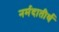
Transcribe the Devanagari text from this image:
नर्मदातीर्थ